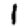
Digit: 1